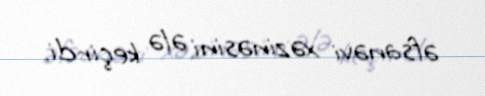
əfsanəvi xəzinəsini ələ keçirdi.